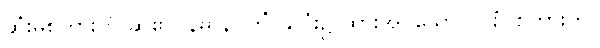
ဆုံးမစကားကို ဆို၏။ နိဓာနဝိတိံ၊ နှလုံး၌ ထားအပ်သော။ ဝါစံ၊ စကားကို။